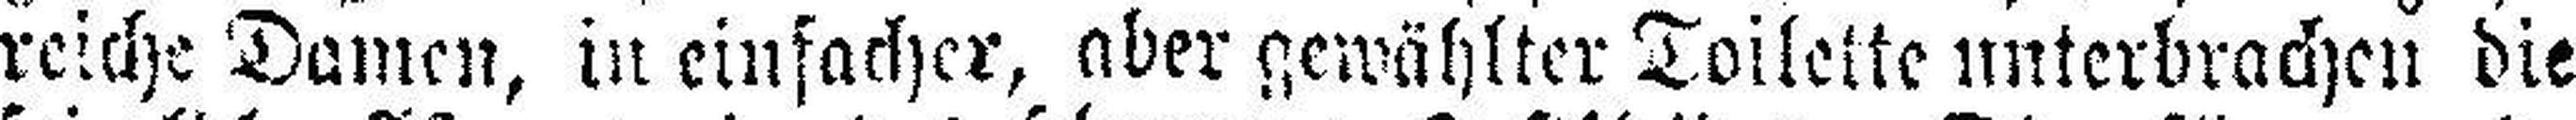
reiche Damen, in einfacher, aber gewählter Toilette unterbrachen die